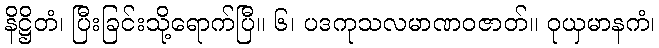
နိဋ္ဌိတံ၊ ပြီးခြင်းသို့ရောက်ပြီ။ ၆၊ ပဒကုသလမာဏဝဇာတ်။ ဝုယှမာနကံ၊